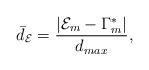
LaTeX: \begin{align*} \bar{d}_{\mathcal{E}}=\frac{| \mathcal{E}_m-\Gamma_m^* |}{d_{max}}, \end{align*}